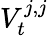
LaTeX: V_{t}^{j,j}